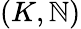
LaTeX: (K,\mathbb{N})